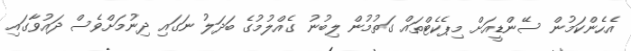
އެހެންކަމުން ސޭންޑީއަށް މިޕެކެޓްްތައް ގަތުމުން ލިބުނު ގެއްލުމުގެ ބަދަލު ނަގައި ދިނުމަށްވެސް ދައުވާގައި